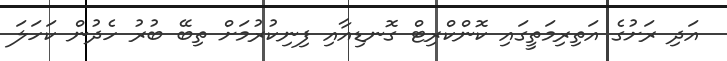
އަދި ރަށުގެ އަތިރިމަތީގައި ކޮންކްރިޓް ގޮނޑިއާއި ފިނިކުރުމަށް ތިބޭ ބުރު ހެދުން ކަހަލަ